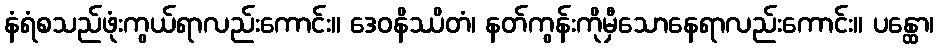
နံရံစသည်ဖုံးကွယ်ရာလည်းကောင်း။ ဒေဝနိဿိတံ၊ နတ်ကွန်းကိုမှီသောနေရာလည်းကောင်း။ ပန္ထော၊